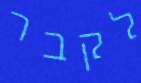
לקבר